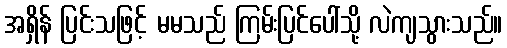
အရှိန် ပြင်းသဖြင့် မမသည် ကြမ်းပြင်ပေါ်သို့ လဲကျသွားသည်။